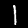
Label: 1